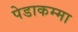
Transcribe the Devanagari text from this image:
पेडाकम्मा